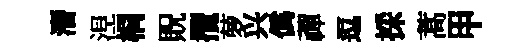
潛𣵀桐貺攬萝兴偽禪逗採蒿甲